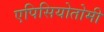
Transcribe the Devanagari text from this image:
एपिसियोतोमी